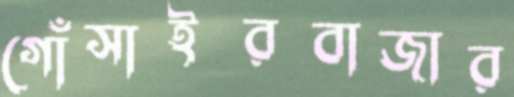
গোঁসাইরবাজার